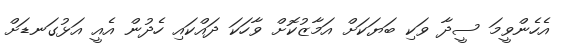
އެހެންވީމަ ސީދާ ވަކި ބަޔަކަށް އަމާޒުކޮށް ވާހަކަ ދައްކައި ހެދުން އެއީ އަޅުގަނޑަށް